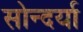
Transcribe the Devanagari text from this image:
सोन्दर्या